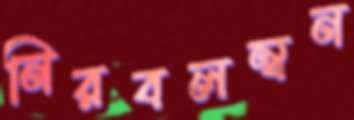
নিরবলম্বন